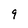
Character: 9